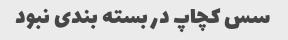
سس کچاپ در بسته بندی نبود